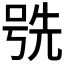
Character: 𫪕